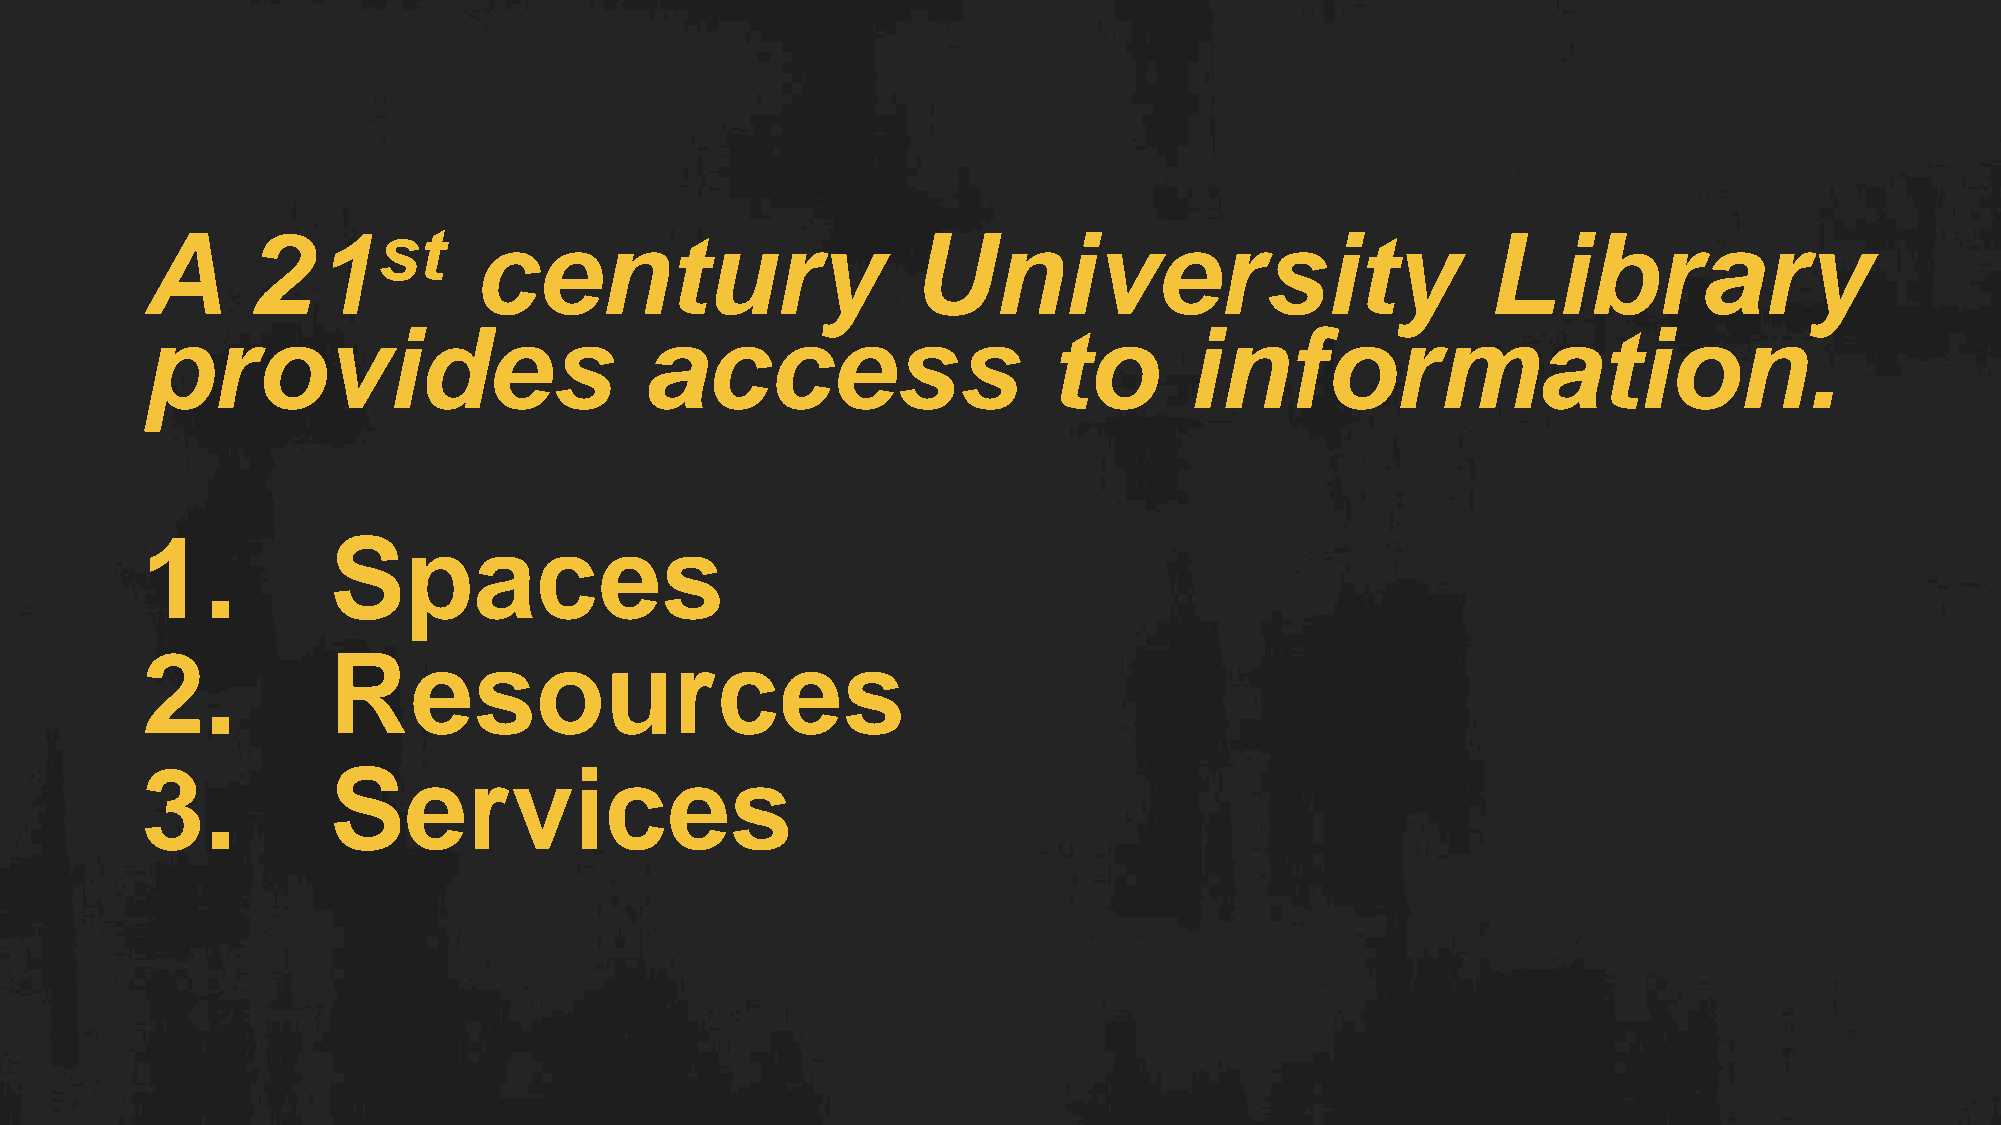
A       21st          century                      University                            Library
 provides                          access                    to        information.
 1.           Spaces
 2.           Resources
 3.           Services